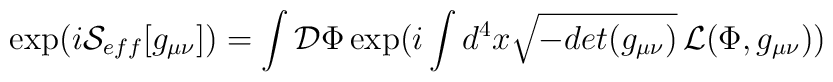
\exp(i{\cal S}_{eff}[g_{\mu\nu}]) =\int{\cal D}\Phi\exp(i\int d^4x\sqrt{-det(g_{\mu\nu})}\,{\cal L}(\Phi,g_{\mu\nu}))